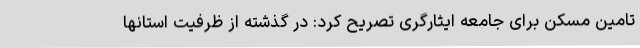
تامین مسکن برای جامعه ایثارگری تصریح کرد: در گذشته از ظرفیت استانها